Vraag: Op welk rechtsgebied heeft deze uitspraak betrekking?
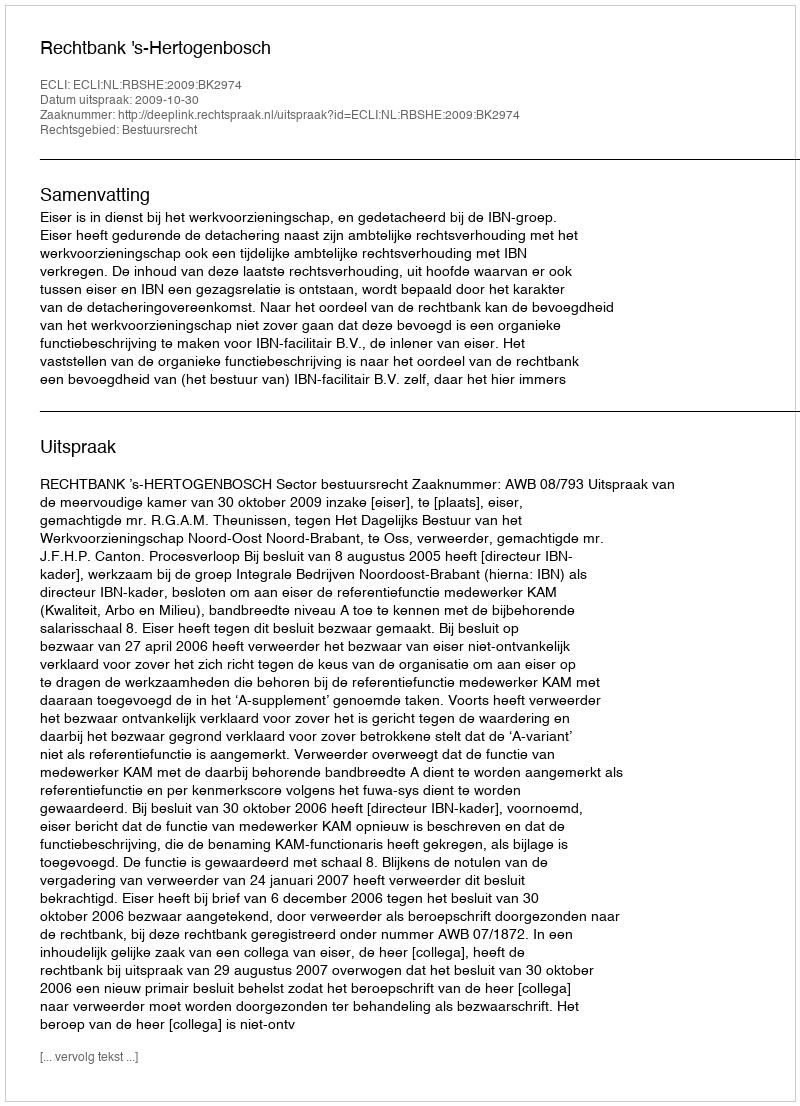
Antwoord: Bestuursrecht